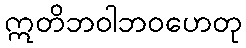
ဣတိဘဝါဘဝဟေတု